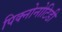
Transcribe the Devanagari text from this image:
पिक्नोनोटिडी